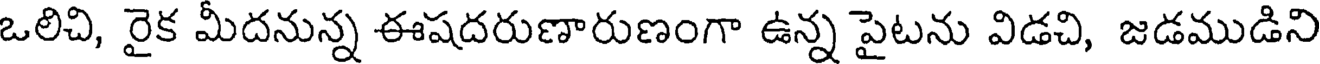
ఒలిచి, రైక మీదనున్న ఈషదరుణారుణంగా ఉన్న పైటను విడచి, జడముడిని